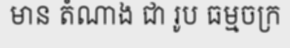
មាន តំណាង ជា រូប ធម្មចក្រ